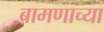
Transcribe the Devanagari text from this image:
बामणाच्या